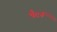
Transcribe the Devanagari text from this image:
पँटर्न